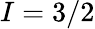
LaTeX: I=3/2